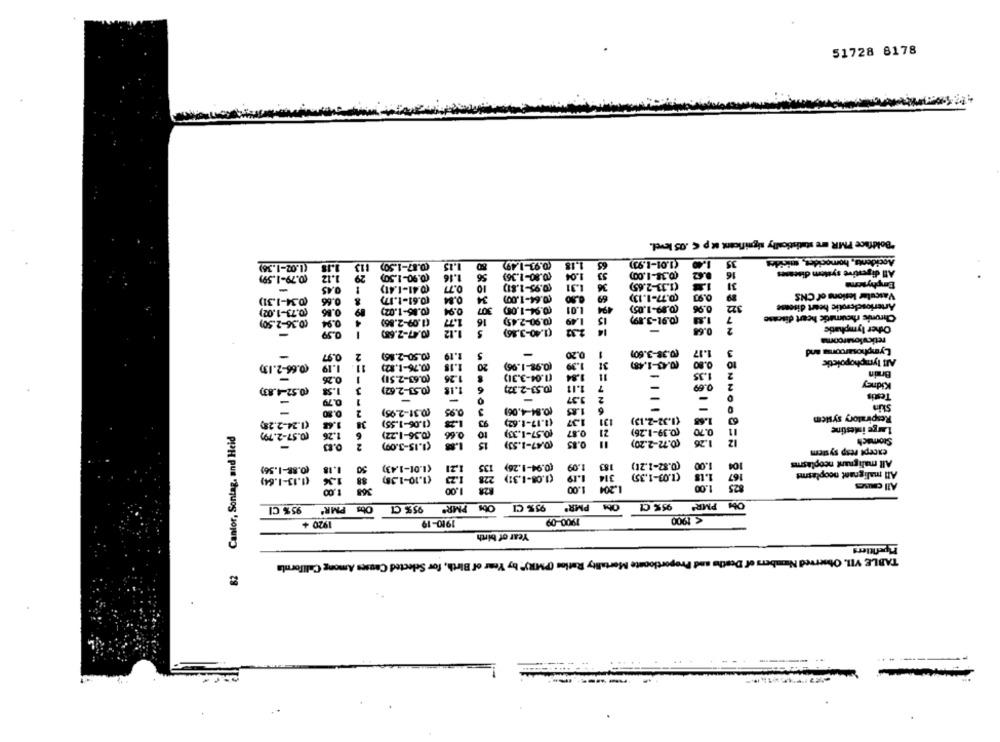
51728 8178
"Boldface PMR are statistically significant ut p € .05 level.
(1.01-1.93)
Accidents, homocides, micides
(1.02-1.36)
.87-1.50)
50
(0.93-1.49)
1.18
63
15
1.16
56
(0.80-1.36)
1.04
53
16
All digestive system diseases
(0.79-1.59)
1.12
31
Emphysema
-
0.45
(0.41-1.41)
0.77
10
(0.95-1.81)
1.31
36
(0.61-1.17)
0.84
34
0.50
69
Vascular lesions of CNS
(0.34-1.31)
0.66
Ex-
494
322
Arteriosclerotic heart disease
(0.73-1.02)
0.86
(0.85-1.02)
0.94
307
(0.94-1.05)
1.01
(0.89-1.05)
0.96
0.94
1.77
16
(0.90-2.45)
15
7
Chronic rheumatic heart disease
(0.36-2.50)
4
(1.09-2.86)
2
Other lymphatic
0.59
I
(0.47-2.68)
1.12
5
(1.40-3.86)
14
GESS
-
0.64
reticulosarcoma
1.17
3
Lymphosarooms and
0.97
2.
(0.50-2.86)
1.19
5
-
0.20
1
(0.38-3.60)
-
1.18
20
(0.98-1.96)
1.39
31
(0.43-1.48)
0.80
10
All lymphopoicti
(0.66-2.13)
1.19
11
(0.76-1.82)
2
Brain
0.26
1
(0.63-2.51)
1.26
(1.04-3.31)
1.84
11
-
1.35
(0.53-2.32)
1.11
7
0.69
2
Kidney
(0.52-4.83)
1.58
3
(0.53-2.62)
1.18
6
Testis
0.79
1
-
3.37
2
-
(0.84-4.06)
1.85
-
Skin
2
(0.31-2.95)
0.95
3
Respiratory system
(1.24-2.25)
1.44
38
(1.06-1.55)
93
(1.17-1.62)
1.37
131
(1.32-2.13)
1.68
63
(0.57- 2.79)
1.26
(0.57-1.33)
0.87
21
(0.39-1.26)
0.70
11
Large intestine
82 Cantor, Sontag, and Heid
6
(0.36-1.22)
0.66
to
12
Stomach
2
(1.15-3.09)
1.88
15
(0.47-1.53)
0.85
(0.72-2.20)
1.26
except resp system
All malignant neoplasms
(0.88-1.56)
50
(1.01-1.43)
1,21
135
(0.94-1.26)
1.09
183
(0.82-1.21)
1.00
104
88
1.23
228
(1.08-1.31)
1.19
314
(1.03-1.35)
167
All malignant neoplasms
(1.13-1.64)
(1.10-1,35)
1.00
1.00
1.204
1.00
825
All cases
Obs PMR*
95% CI
PMR'
95% CI
OM PMR'
95% CI
Obs PMR'
95% C1
1910-19
1900-09
< 1900
1920 +
Year of birth
Pipefitiers
TABLE VII. Observed Numbers of Deaths and Proportionste Mortality Ratios (PMR)" by Year of Birth, for Selected Causes Among California